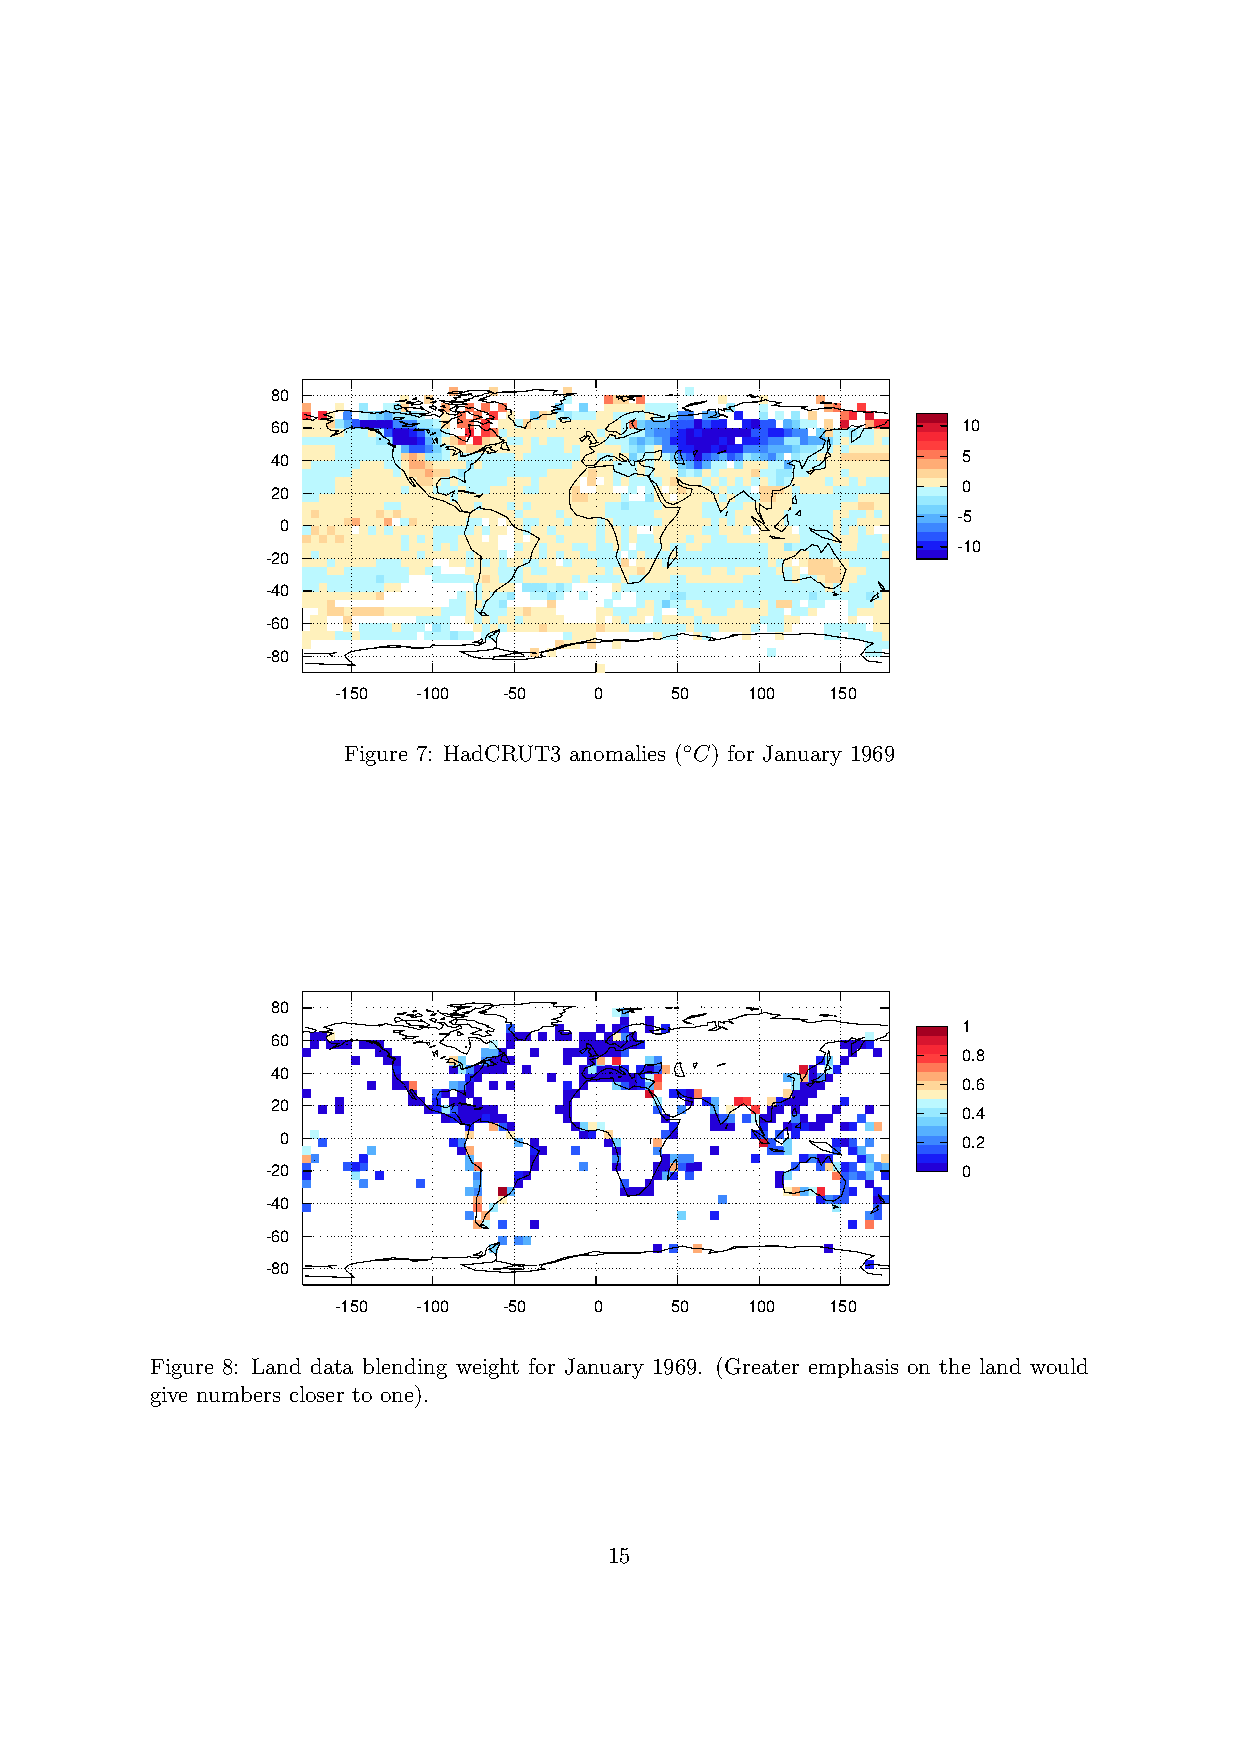
80
 60                                            10
 40                                            5
 0
 20
 -5
 0
 -10
 -20
 -40
 -60
 -80
 -150  -100 -50   0    50   100   150
 Figure 7: HadCRUT3 anomalies (◦C) for January 1969
 80
 1
 60
 0.8
 40
 0.6
 20
 0.4
 0                                            0.2
 -20                                           0
 -40
 -60
 -80
 -150  -100 -50   0    50   100   150
 Figure 8: Land data blending weight for January 1969. (Greater emphasis on the land would
 give numbers closer to one).
 15